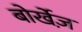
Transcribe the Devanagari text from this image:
बोर्खेज़